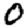
Digit: 0